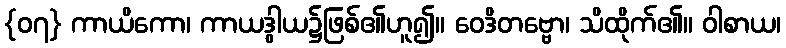
{၀၇} ကာယိကော၊ ကာယဒွါယ၌ဖြစ်၏ဟူ၍။ ဝေဒိတဗ္ဗော၊ သိထိုက်၏။ ဝါစာယ၊